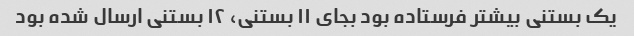
یک بستنی بیشتر فرستاده بود بجای ۱۱ بستنی، ۱۲ بستنی ارسال شده بود